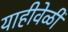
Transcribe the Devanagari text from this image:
याहीवेळी